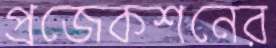
প্রজেকশনের